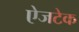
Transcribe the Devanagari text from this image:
ऐजटेक